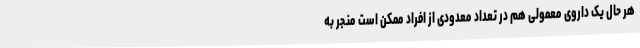
هر حال یک داروی معمولی هم در تعداد معدودی از افراد ممکن است منجر به